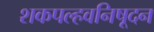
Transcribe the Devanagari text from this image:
शकपल्हवनिषूदन